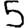
Digit: 5